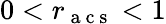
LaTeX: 0<r_{\mathrm{~a~c~s~}}<1